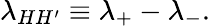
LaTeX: \lambda_{HH^{\prime}}\equiv\lambda_{+}-\lambda_{-}.